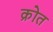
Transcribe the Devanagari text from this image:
क्रोत